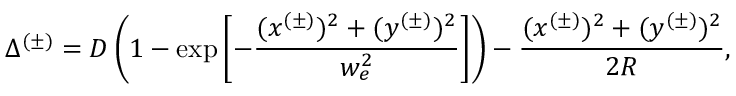
\Delta ^ { ( \pm ) } = D \left( 1 - \exp \left[ - \frac { ( x ^ { ( \pm ) } ) ^ { 2 } + ( y ^ { ( \pm ) } ) ^ { 2 } } { w _ { e } ^ { 2 } } \right] \right) - \frac { ( x ^ { ( \pm ) } ) ^ { 2 } + ( y ^ { ( \pm ) } ) ^ { 2 } } { 2 R } ,